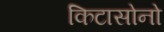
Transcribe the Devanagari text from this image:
किटासोनो